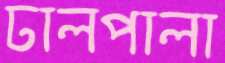
ঢালপালা